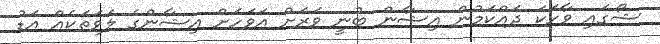
ޝޯގައި ވާހަކަ ދައްކަމުން އިޝާން ބުނީ ވަރަށް އަވަހަށް އިޝާންގެ ލަވަތަކެއް އަޑު